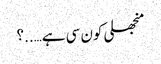
منجھلی کون سی ہے…..؟